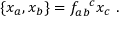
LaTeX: \{ x _ { a } , x _ { b } \} = f _ { a b } ^ { ~ ~ c } x _ { c } ~ .